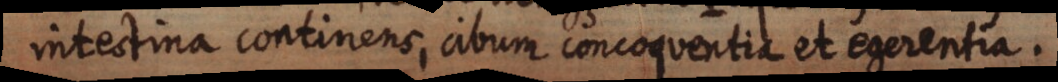
intestina continens, cibum concoquentia et egerentia.